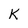
Character: K